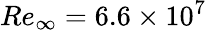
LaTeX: Re_{\infty}=6.6\times 10^{7}